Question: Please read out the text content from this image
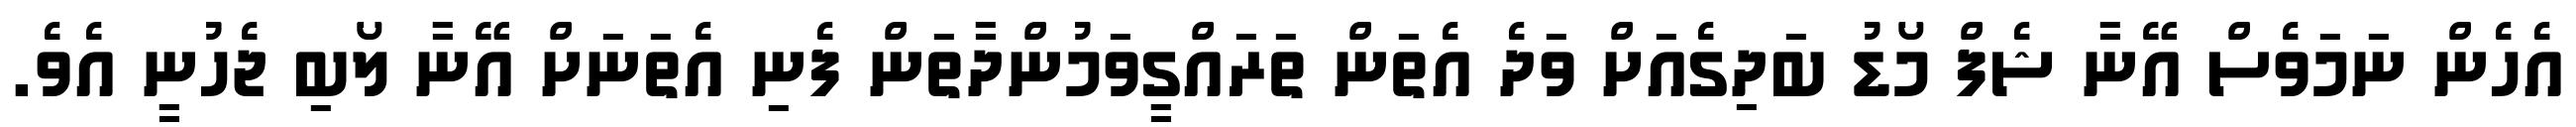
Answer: އެހެން ނަމަވެސް އޭނާ ޝެފް މޯޑު ބަދިގެއަށް ވަދެ އެތަން ތަރައްގީވަމުންދާތަން ފެނި އެތަނަށް އޭނާ ލޯބި ޖެހުނީ އެވެ.